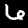
Digit: 6